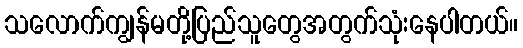
သလောက်ကျွန်မတို့ပြည်သူတွေအတွက်သုံးနေပါတယ်။